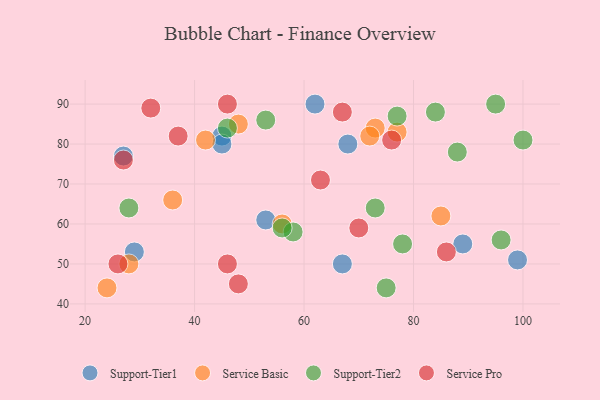
{"axis": {"x": "GDP", "y": "Life Expectancy"}, "legend": ["Service Basic", "Service Pro", "Support-Tier1", "Support-Tier2"], "data": [{"x": "45", "y": 82, "type": "Support-Tier1"}, {"x": "99", "y": 51, "type": "Support-Tier1"}, {"x": "29", "y": 53, "type": "Support-Tier1"}, {"x": "68", "y": 80, "type": "Support-Tier1"}, {"x": "89", "y": 55, "type": "Support-Tier1"}, {"x": "53", "y": 61, "type": "Support-Tier1"}, {"x": "45", "y": 80, "type": "Support-Tier1"}, {"x": "27", "y": 77, "type": "Support-Tier1"}, {"x": "67", "y": 50, "type": "Support-Tier1"}, {"x": "62", "y": 90, "type": "Support-Tier1"}, {"x": "24", "y": 44, "type": "Service Basic"}, {"x": "42", "y": 81, "type": "Service Basic"}, {"x": "48", "y": 85, "type": "Service Basic"}, {"x": "73", "y": 84, "type": "Service Basic"}, {"x": "72", "y": 82, "type": "Service Basic"}, {"x": "28", "y": 50, "type": "Service Basic"}, {"x": "77", "y": 83, "type": "Service Basic"}, {"x": "85", "y": 62, "type": "Service Basic"}, {"x": "56", "y": 60, "type": "Service Basic"}, {"x": "36", "y": 66, "type": "Service Basic"}, {"x": "78", "y": 55, "type": "Support-Tier2"}, {"x": "95", "y": 90, "type": "Support-Tier2"}, {"x": "58", "y": 58, "type": "Support-Tier2"}, {"x": "75", "y": 44, "type": "Support-Tier2"}, {"x": "46", "y": 84, "type": "Support-Tier2"}, {"x": "53", "y": 86, "type": "Support-Tier2"}, {"x": "77", "y": 87, "type": "Support-Tier2"}, {"x": "84", "y": 88, "type": "Support-Tier2"}, {"x": "100", "y": 81, "type": "Support-Tier2"}, {"x": "28", "y": 64, "type": "Support-Tier2"}, {"x": "56", "y": 59, "type": "Support-Tier2"}, {"x": "88", "y": 78, "type": "Support-Tier2"}, {"x": "73", "y": 64, "type": "Support-Tier2"}, {"x": "96", "y": 56, "type": "Support-Tier2"}, {"x": "76", "y": 81, "type": "Service Pro"}, {"x": "67", "y": 88, "type": "Service Pro"}, {"x": "48", "y": 45, "type": "Service Pro"}, {"x": "86", "y": 53, "type": "Service Pro"}, {"x": "46", "y": 50, "type": "Service Pro"}, {"x": "46", "y": 90, "type": "Service Pro"}, {"x": "70", "y": 59, "type": "Service Pro"}, {"x": "37", "y": 82, "type": "Service Pro"}, {"x": "32", "y": 89, "type": "Service Pro"}, {"x": "26", "y": 50, "type": "Service Pro"}, {"x": "27", "y": 76, "type": "Service Pro"}, {"x": "63", "y": 71, "type": "Service Pro"}]}